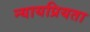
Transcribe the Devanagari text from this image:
न्‍यायप्रियता